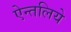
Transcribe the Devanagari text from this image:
ऐन्तलिये